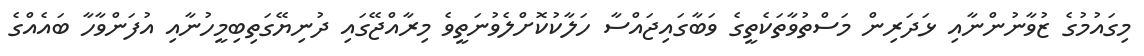
މިގައުމުގެ ޒުވާނުންނާއި ޅަދަރިން މަސްތުވާތަކެތީގެ ވަބާގައިޖައްސާ ހަލާކުކޮށްލެވުނަތީވެ މިރާއްޖޭގައި ދުނިޔޭގަތިބިމީހުނާއި އުފަންވާހާ ބައެއްގެ